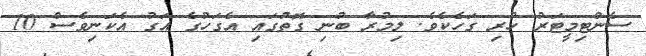
ސެންޓިމީޓަރު ހުރި ގަހެކެވެ. ލިމުރާ ބުނި ގޮތުގައި އެގަހުގެ އަގު އެކަނިވެސް 10